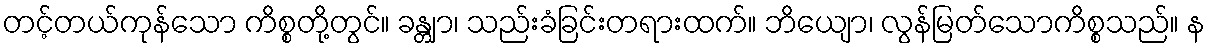
တင့်တယ်ကုန်သော ကိစ္စတို့တွင်။ ခန္တျာ၊ သည်းခံခြင်းတရားထက်။ ဘိယျော၊ လွန်မြတ်သောကိစ္စသည်။ န